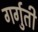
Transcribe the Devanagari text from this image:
गर्गुती